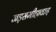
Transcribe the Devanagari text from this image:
जड़समीहावाद